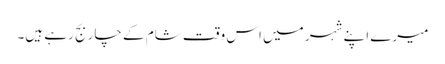
میرے اپنے شہر میں اس وقت شام کے چار بج رہے ہیں۔